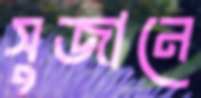
সুজানে